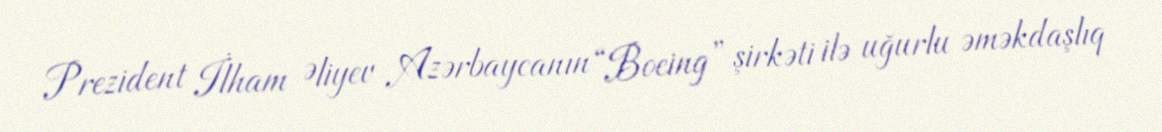
Prezident İlham Əliyev Azərbaycanın “Boeing” şirkəti ilə uğurlu əməkdaşlıq